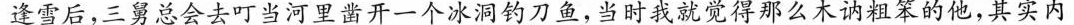
逢雪后，三舅总会去叮当河里凿开一个冰洞钓刀鱼，当时我就觉得那么木讷粗笨的他，其实内